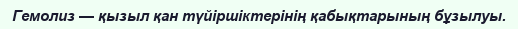
Гемолиз — қызыл қан түйіршіктерінің қабықтарының бұзылуы.